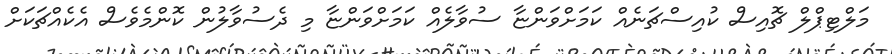
މަލްޓިޕްލް ޗޮއިސް ކުއިސްޗަނެއް ކަމަށްވަންޏާ ސުވާލެއް ކަމަށްވަންޏާ މި ދެސުވާލުން ކޮންމެވެސް އެކެއްޗަކަށް